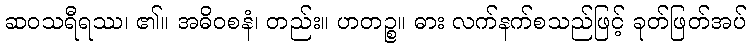
ဆဝသရီရဿ၊ ၏။ အဓိဝစနံ၊ တည်း။ ဟတဉ္စ။ ဓား လက်နက်စသည်ဖြင့် ခုတ်ဖြတ်အပ်